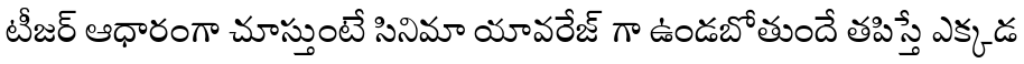
టీజర్ ఆధారంగా చూస్తుంటే సినిమా యావరేజ్ గా ఉండబోతుందే తపిస్తే ఎక్కడ